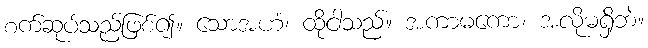
စက်ဆုပ်သည်ဖြစ်၍။ သောအဟံ၊ ထိုငါသည်။ အကာမကော၊ အလိုမရှိဘဲ။